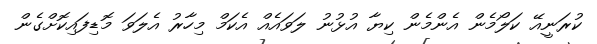
ކުރަނީއޭ ކަލޯމެން އެންމެން ކިޔާ އުޅުނު ލަވައެއް އެކަމް މިހާރު އެލަވަ މޮޑިފައިކޮށްގެން